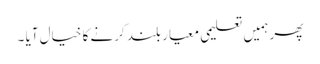
پھر ہمیں تعلیمی معیار بلند کرنے کا خیال آیا ۔